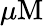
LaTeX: \mu\mathrm{M}